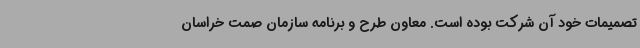
تصمیمات خود آن شرکت بوده است. معاون طرح و برنامه سازمان صمت خراسان